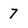
Character: 7